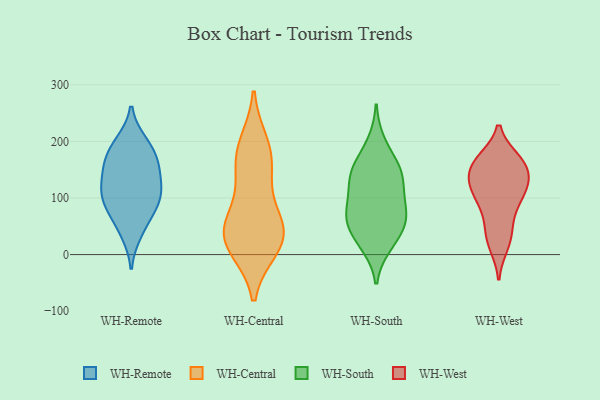
{"axis": {"x": "Conversion Rate (%)", "y": "Value"}, "legend": ["WH-Central", "WH-Remote", "WH-South", "WH-West"], "data": [{"x": "", "y": 129, "type": "WH-Remote"}, {"x": "", "y": 92, "type": "WH-Remote"}, {"x": "", "y": 101, "type": "WH-Remote"}, {"x": "", "y": 197, "type": "WH-Remote"}, {"x": "", "y": 169, "type": "WH-Remote"}, {"x": "", "y": 159, "type": "WH-Remote"}, {"x": "", "y": 62, "type": "WH-Remote"}, {"x": "", "y": 113, "type": "WH-Remote"}, {"x": "", "y": 151, "type": "WH-Remote"}, {"x": "", "y": 97, "type": "WH-Remote"}, {"x": "", "y": 191, "type": "WH-Remote"}, {"x": "", "y": 39, "type": "WH-Remote"}, {"x": "", "y": 13, "type": "WH-Central"}, {"x": "", "y": 42, "type": "WH-Central"}, {"x": "", "y": 50, "type": "WH-Central"}, {"x": "", "y": 15, "type": "WH-Central"}, {"x": "", "y": 39, "type": "WH-Central"}, {"x": "", "y": 164, "type": "WH-Central"}, {"x": "", "y": 45, "type": "WH-Central"}, {"x": "", "y": 120, "type": "WH-Central"}, {"x": "", "y": 176, "type": "WH-Central"}, {"x": "", "y": 194, "type": "WH-Central"}, {"x": "", "y": 53, "type": "WH-South"}, {"x": "", "y": 162, "type": "WH-South"}, {"x": "", "y": 56, "type": "WH-South"}, {"x": "", "y": 52, "type": "WH-South"}, {"x": "", "y": 132, "type": "WH-South"}, {"x": "", "y": 151, "type": "WH-South"}, {"x": "", "y": 90, "type": "WH-South"}, {"x": "", "y": 198, "type": "WH-South"}, {"x": "", "y": 139, "type": "WH-South"}, {"x": "", "y": 81, "type": "WH-South"}, {"x": "", "y": 139, "type": "WH-South"}, {"x": "", "y": 102, "type": "WH-South"}, {"x": "", "y": 20, "type": "WH-South"}, {"x": "", "y": 16, "type": "WH-South"}, {"x": "", "y": 65, "type": "WH-South"}, {"x": "", "y": 162, "type": "WH-West"}, {"x": "", "y": 73, "type": "WH-West"}, {"x": "", "y": 162, "type": "WH-West"}, {"x": "", "y": 97, "type": "WH-West"}, {"x": "", "y": 133, "type": "WH-West"}, {"x": "", "y": 18, "type": "WH-West"}, {"x": "", "y": 41, "type": "WH-West"}, {"x": "", "y": 157, "type": "WH-West"}, {"x": "", "y": 159, "type": "WH-West"}, {"x": "", "y": 104, "type": "WH-West"}, {"x": "", "y": 126, "type": "WH-West"}, {"x": "", "y": 111, "type": "WH-West"}, {"x": "", "y": 122, "type": "WH-West"}, {"x": "", "y": 29, "type": "WH-West"}, {"x": "", "y": 166, "type": "WH-West"}]}